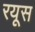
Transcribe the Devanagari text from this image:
रयूस